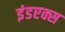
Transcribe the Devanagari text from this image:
इंडएक्स